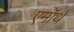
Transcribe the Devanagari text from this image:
एमॉर्थ